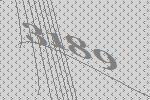
3189